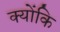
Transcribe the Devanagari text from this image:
क्‍योंकि